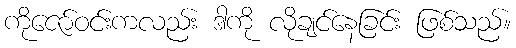
ကိုဇော်ဝင်းကလည်း ဒါကို လိုချင်နေခြင်း ဖြစ်သည်။